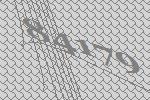
84179